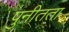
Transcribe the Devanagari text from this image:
पुनीतता